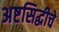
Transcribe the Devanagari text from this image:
अष्टसिद्धीचे